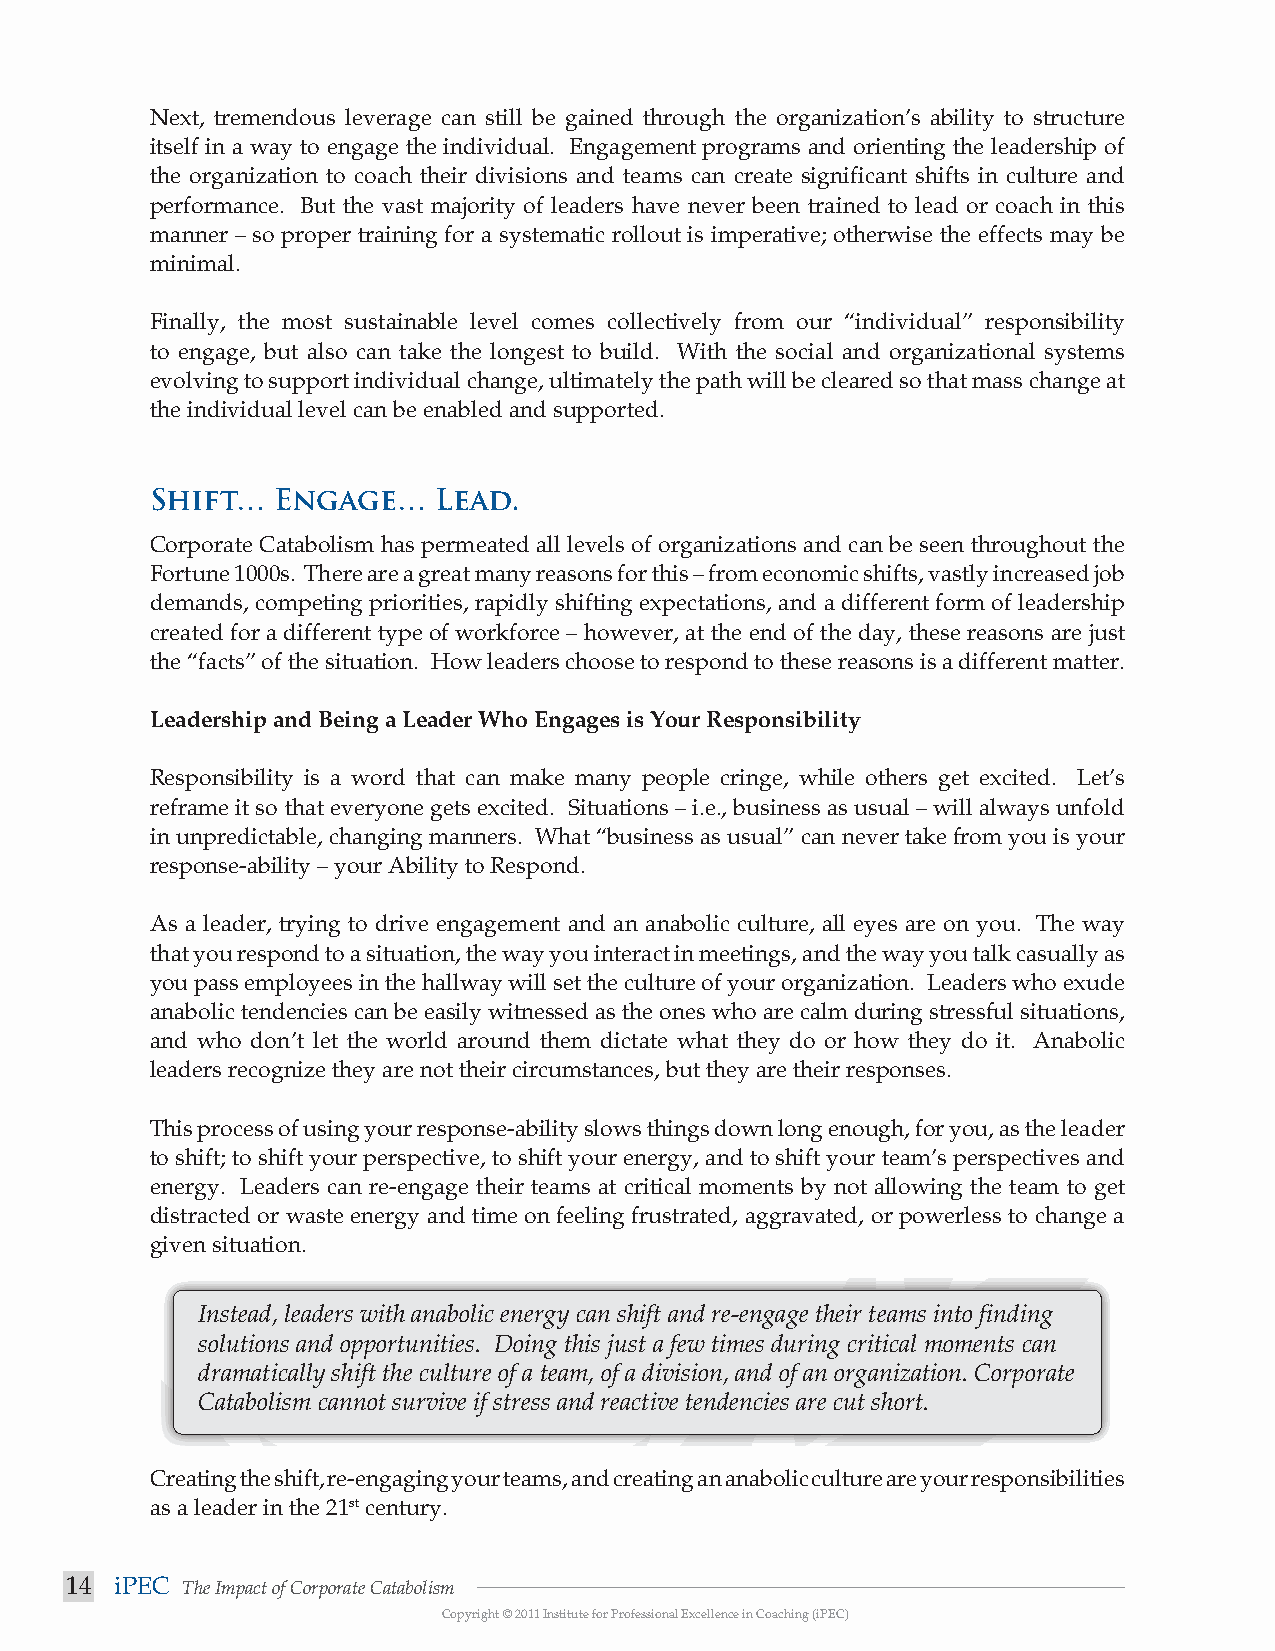
Next, tremendous leverage can still be gained through the organization’s ability to structure
 itself in a way to engage the individual. Engagement programs and orienting the leadership of
 the organization to coach their divisions and teams can create significant shifts in culture and
 performance. But the vast majority of leaders have never been trained to lead or coach in this
 manner – so proper training for a systematic rollout is imperative; otherwise the effects may be
 minimal.
 Finally, the most sustainable level comes collectively from our “individual” responsibility
 to engage, but also can take the longest to build. With the social and organizational systems
 evolving to support individual change, ultimately the path will be cleared so that mass change at
 the individual level can be enabled and supported.
 Shift…  Engage…    Lead.
 Corporate Catabolism has permeated all levels of organizations and can be seen throughout the
 Fortune 1000s. There are a great many reasons for this – from economic shifts, vastly increased job
 demands, competing priorities, rapidly shifting expectations, and a different form of leadership
 created for a different type of workforce – however, at the end of the day, these reasons are just
 the “facts” of the situation. How leaders choose to respond to these reasons is a different matter.
 Leadership and Being a Leader Who Engages is Your Responsibility
 Responsibility is a word that can make many people cringe, while others get excited. Let’s
 reframe it so that everyone gets excited. Situations – i.e., business as usual – will always unfold
 in unpredictable, changing manners. What “business as usual” can never take from you is your
 response-ability – your Ability to Respond.
 As a leader, trying to drive engagement and an anabolic culture, all eyes are on you. The way
 that you respond to a situation, the way you interact in meetings, and the way you talk casually as
 you pass employees in the hallway will set the culture of your organization. Leaders who exude
 anabolic tendencies can be easily witnessed as the ones who are calm during stressful situations,
 and who don’t let the world around them dictate what they do or how they do it. Anabolic
 leaders recognize they are not their circumstances, but they are their responses.
 This process of using your response-ability slows things down long enough, for you, as the leader
 to shift; to shift your perspective, to shift your energy, and to shift your team’s perspectives and
 energy. Leaders can re-engage their teams at critical moments by not allowing the team to get
 distracted or waste energy and time on feeling frustrated, aggravated, or powerless to change a
 given situation.
 Instead, leaders with anabolic energy can shift and re-engage their teams into finding
 solutions and opportunities. Doing this just a few times during critical moments can
 dramatically shift the culture of a team, of a division, and of an organization. Corporate
 Catabolism cannot survive if stress and reactive tendencies are cut short.
 Creating the shift, re-engaging your teams, and creating an anabolic culture are your responsibilities
 as a leader in the 21st century.
 14  iPEC The Impact of Corporate Catabolism
 Copyright © 2011 Institute for Professional Excellence in Coaching (iPEC)